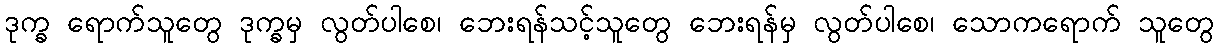
ဒုက္ခ ရောက်သူတွေ ဒုက္ခမှ လွတ်ပါစေ၊ ဘေးရန်သင့်သူတွေ ဘေးရန်မှ လွတ်ပါစေ၊ သောကရောက် သူတွေ